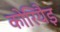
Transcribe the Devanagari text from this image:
कोरियैइ